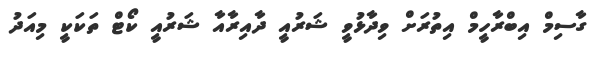
ގާސިމް އިބްރާހީމް އިތުރަށް ވިދާޅުވީ ޝަރުއީ ދާއިރާއާ ޝަރުއީ ކޯޓް ތަކަކީ މިއަދު